Civil Veterinary Department. Madras. Admin. report 1910-25 - 1910-1925
Year: 1910
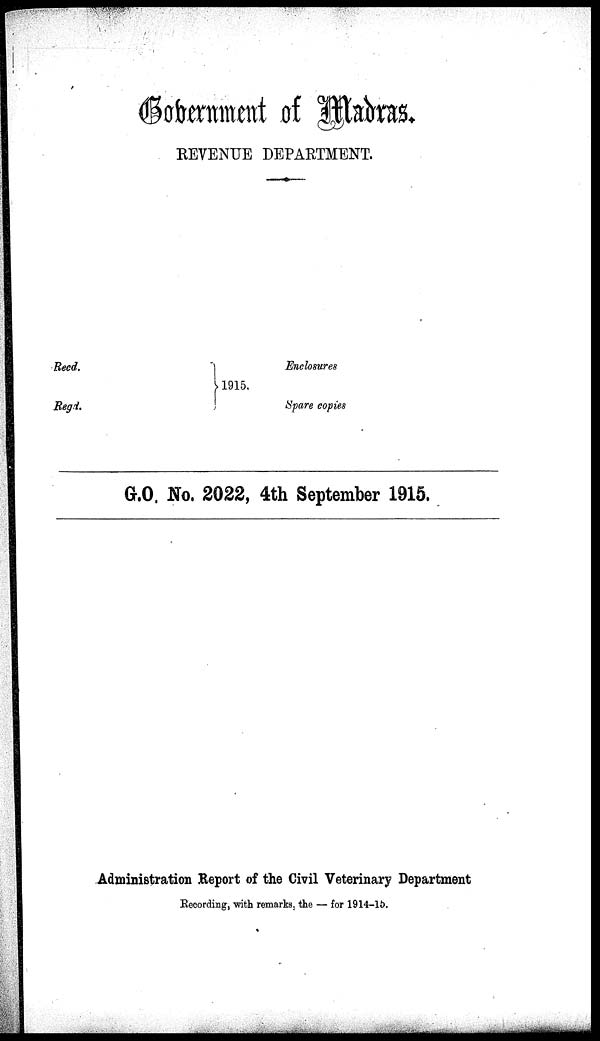
Government of Maders.
REVENUE DEPARTMENT.
Reed.
Regd.
1915.
Enclosures
Spare copies
G.O. No. 2022, 4th September 1915.
Administration Report of the Civil Veterinary Department
Recording, with remarks, the — for 1914-15.